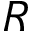
{ R }